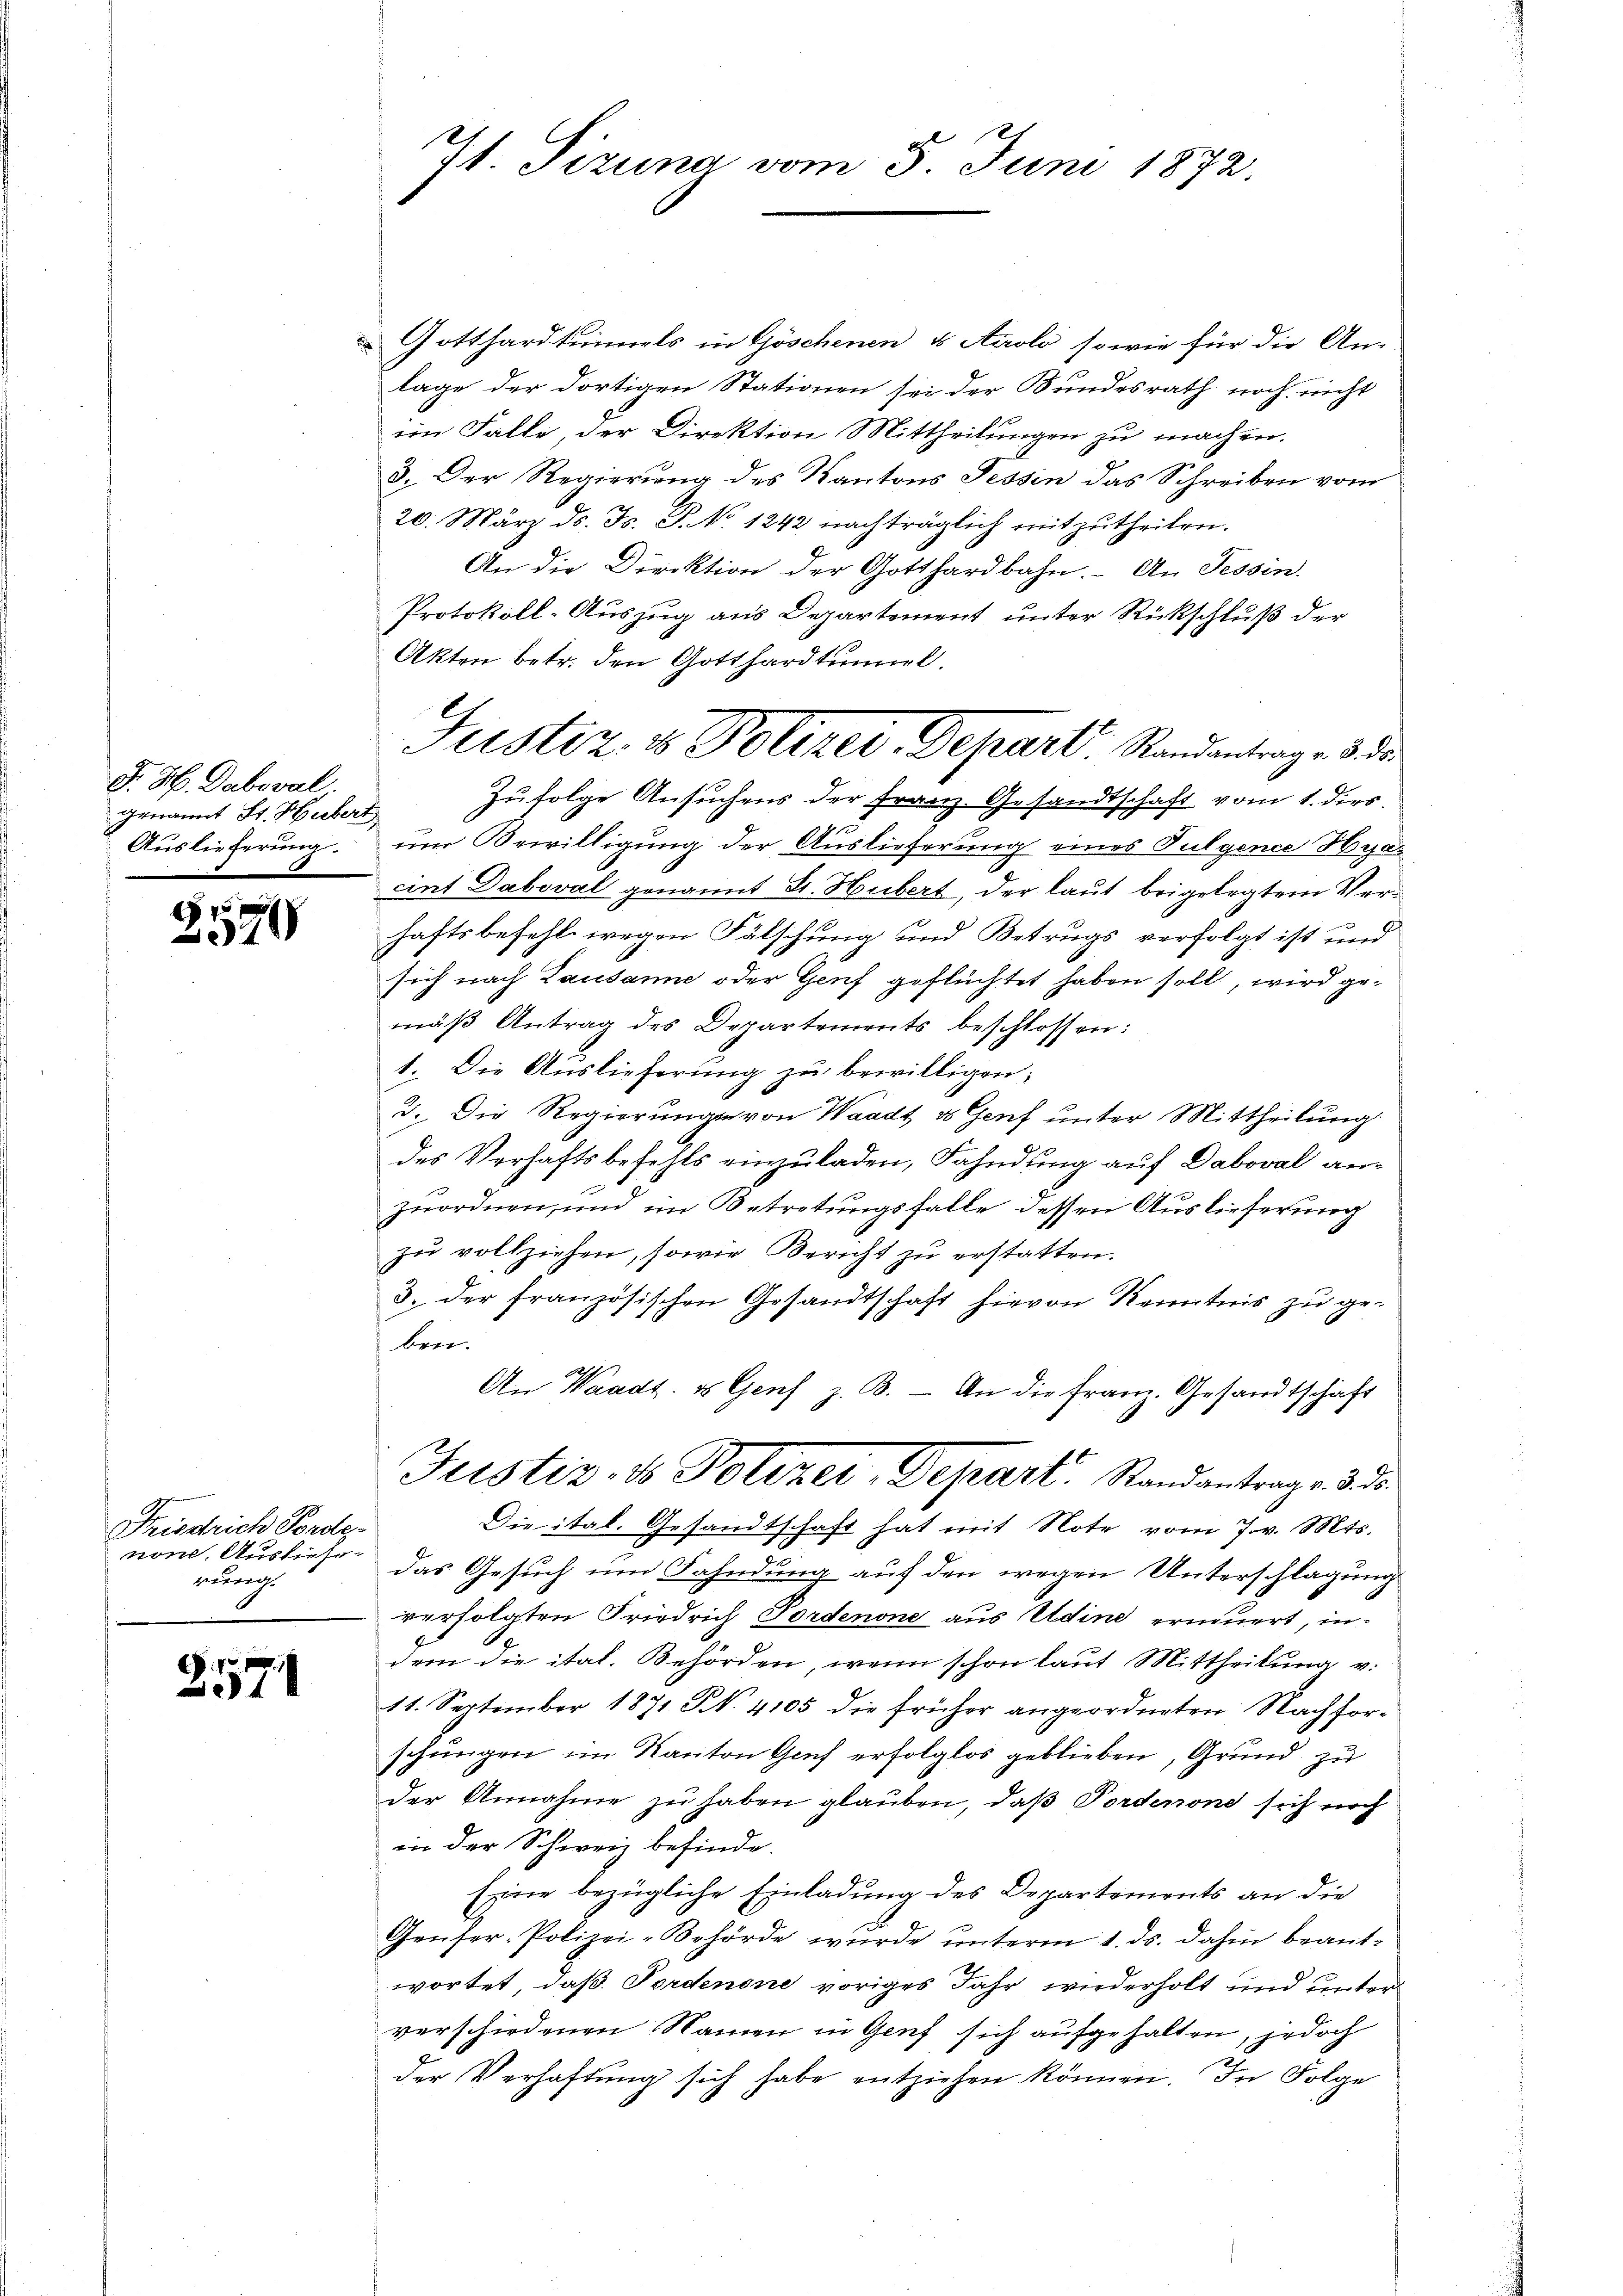
J. H. Daboval.
genannt St. Hubert

24 x
370

Gotthardtunnels in Göschenen & Aeoli sowie für die An-
t
lage der dortigen Stationen sei der Bundesrath noch nicht
im Falle, der Direktion Mittheilungen zu machen.
3. Der Regierung des Kantons Tessin das Schreiben vom
20. März ds. Fs. P. No 1242 nachträglich mitzutheilen.
An die Direktion der Gotthardbahn. An Tessin.
Protokoll-Auszug aus Departement unter Rückschluß der
Akten betr. den Gotthardtunnel
Zufolge Ansuchens der Franz. Gesandtschaft vom 1. dies
Auslieferung um Bewilligung der Auslieferung eines Fulgende Hyp
cint Daboval genannt St. Hubert, der laut beigelegtem Verhaftsbefehl wegen Fälschung und Betrugs verfolgt ist und
sich nach Lausanne oder Genf geflüchtet haben soll, wird gemäβ Antrag des Departements beschlossen:
1. Die Auslieferung zu bewilligen:
3. Die Regierung von Waadt & Genf unter Mittheilung.
des Verhaftsbefehls einzuladen, Fahndung auf Daboval anzuordnen, und im Betretungsfalle dessen Auslieferung
zŭ vollziehen, sowie Bericht zŭ erstatten.
3. der französischen Gesandtschaft hievon Kenntnis zu geben.
An Waadt- u Genf z. B. — An die Franz. Gesandtschaft
Justiz- & Polizei, Depart. Standantrage de
Die ital. Gesandtschaft hat mit Note vom 7. v. Mts.
das Gesuch um Fahndung auf den wegen Unterschlagung
verfolgten Friedrich Fordenone aus Udine erneuert, indem die ital. Behörden, wenn schon laut Mittheilung v.
11. September 1871. S. 4105 die früher angeordneten Nachforschungen im Kanton Graf erfolglos geblieben, Grund zu
der Annahme zu haben glauben, daß Porderont sich noch
in der Schweiz befinde.
Eine bezügliche Einladung des Departements an die
Genfer-Polizei-Behörde wurde unterm 1. ds. dahin beantwortet, daß Fordenone voriges Jahr wiederholt und unter
verschiedenen Namen in Genf sich aufgehalten, jedoch
der Verhaftung sich habe entziehen können. In Folge

Friedrich Forde-
non. Ausliefe.
rung.

2571

r
J. Tizung vom 5. Juni 1872.

Justiz & Polizer, Depart. Standantrage d. d.